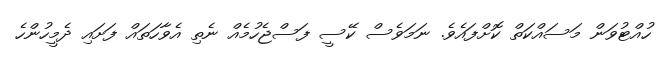
ހުއްޓުވަން މަސައްކަތް ކޮށްފައެވެ. ނަމަވެސް ކޭސީ ފަސްޖެހުމެއް ނެތި އެވާހަތައް ފަށައި ދެމީހުންހެ